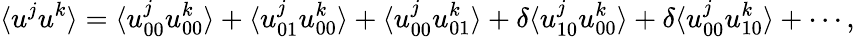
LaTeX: \langle{u^{j}u^{k}}\rangle=\langle{u_{00}^{j}u_{00}^{k}}\rangle+\langle{u_{01}^{j}u_{00}^{k}}\rangle+\langle{u_{00}^{j}u_{01}^{k}}\rangle+\delta\langle{u_{10}^{j}u_{00}^{k}}\rangle+\delta\langle{u_{00}^{j}u_{10}^{k}}\rangle+\cdots,